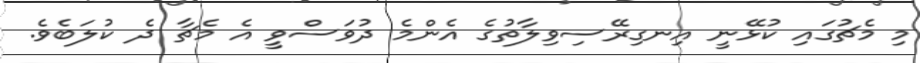
މި މެޗުގައި ކުޅޭނީ އިނގިރޭސިވިލާތުގެ އެންމެ ދުވަސްވީ އެ މެޗާ ދެ ކުލަބެވެ.